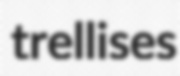
trellises